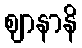
ဈာနာနိ